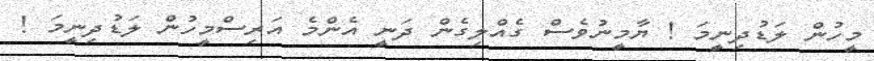
މީހުން ލަޑުދިނީމަ ! ޔާމީނުވެސް ގެއްލިގެން ދަނީ އެންމެ އަރިސްމީހުން ލަޑުދިނީމަ !